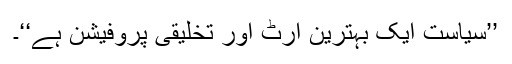
’’سیاست ایک بہترین آرٹ اور تخلیقی پروفیشن ہے‘‘۔